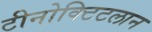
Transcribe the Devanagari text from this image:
टीनोक्टिटलान